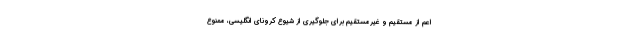
اعم از مستقیم و غیرمستقیم برای جلوگیری از شیوع کرونای انگلیسی، ممنوع